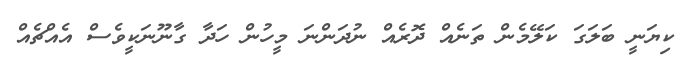
ކިޔަނީ ބަލަގަ ކަލޭމެން ތަނެއް ދޮރެއް ނުދަންނަ މީހުން ހަދާ ގާނޫނަކީވެސް އެއްޗެއް